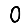
Digit: 0